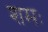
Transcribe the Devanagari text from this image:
शमः